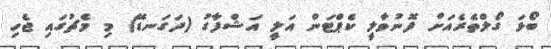
ބޯޅަ ގޯލްތެރެއަށް ފޮނުވާލީ ކެޕްޓަން އަލީ އަޝްފާގު (ދަގަނޑޭ) މި މެޗުގައި ޖެހި